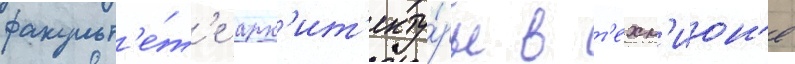
факульт'е́т'е арх'ит'екту́ры в т'ехн'ион'е